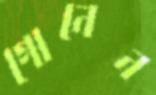
গোনেন